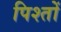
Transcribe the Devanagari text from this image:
पिश्तों